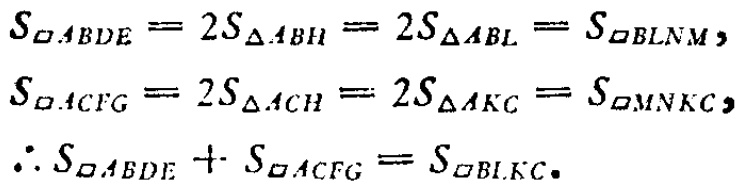
\[
\begin{align*}
S_{\square ABDE}&= 2S_{\triangle ABH}=2S_{\triangle ABL}=S_{\square BLNM},\\
S_{\square ACFG}&= 2S_{\triangle ACH}=2S_{\triangle AKC}=S_{\square MNKC},\\
\therefore S_{\square ABDE}+S_{\square ACFG}&=S_{\square BLCK}.
\end{align*}
\]